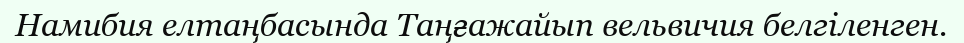
Намибия елтаңбасында Таңғажайып вельвичия белгіленген.